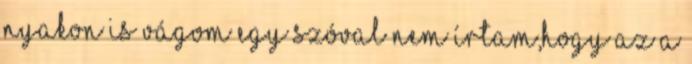
nyakon is vágom Egy szóval nem írtam,hogy az a